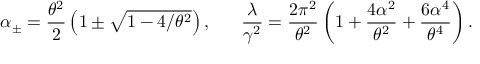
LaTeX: \alpha _ { \pm } = \frac { \theta ^ { 2 } } { 2 } \left( 1 \pm \sqrt { 1 - 4 / \theta ^ { 2 } } \right) , \ \ \ \ \ \frac { \lambda } { \gamma ^ { 2 } } = \frac { 2 \pi ^ { 2 } } { \theta ^ { 2 } } \left( 1 + \frac { 4 \alpha ^ { 2 } } { \theta ^ { 2 } } + \frac { 6 \alpha ^ { 4 } } { \theta ^ { 4 } } \right) .